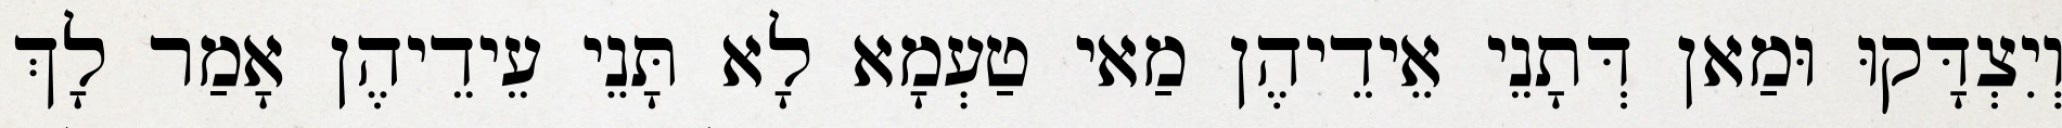
וְיִצְדָּקוּ וּמַאן דְּתָנֵי אֵידֵיהֶן מַאי טַעְמָא לָא תָּנֵי עֵידֵיהֶן אָמַר לָךְ